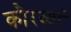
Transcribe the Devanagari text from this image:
कौरव्यां